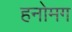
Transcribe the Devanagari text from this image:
हनोमग